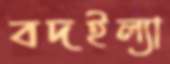
বদইল্যা